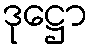
ဒုဋ္ဌော